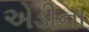
એડીના